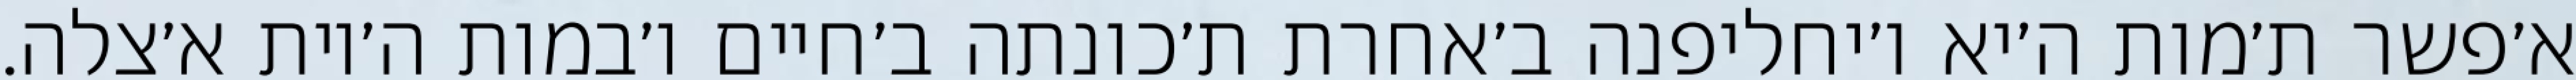
א׳פשר ת׳מות ה׳יא ו׳יחליפנה ב׳אחרת ת׳כונתה ב׳חיים ו׳במות ה׳יות א׳צלה.